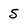
Character: 5